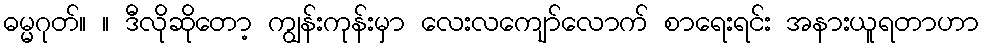
ဓမ္မဂုတ်။ ။ ဒီလိုဆိုတော့ ကျွန်းကုန်းမှာ လေးလကျော်လောက် စာရေးရင်း အနားယူရတာဟာ